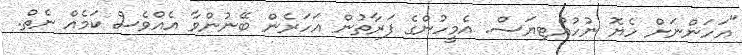
"އަހަންނަށް ހެޔޮ ނުހުއްޓިޔަސް. އެމީހުންގެ ފަރާތުން އަހަރެން ބޭނުންވާ އެއްވެސް ކަމެއް ނެތް.